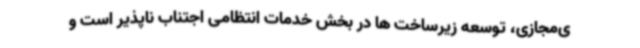
ی‌مجازی، توسعه زیرساخت ها در بخش خدمات انتظامی اجتناب ناپذیر است و